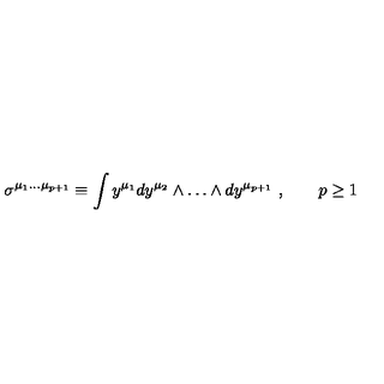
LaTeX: \sigma ^ { \mu _ { 1 } \dots \mu _ { p + 1 } } \equiv \int y ^ { \mu _ { 1 } } d y ^ { \mu _ { 2 } } \wedge \dots \wedge d y ^ { \mu _ { p + 1 } } \ , \qquad p \ge 1